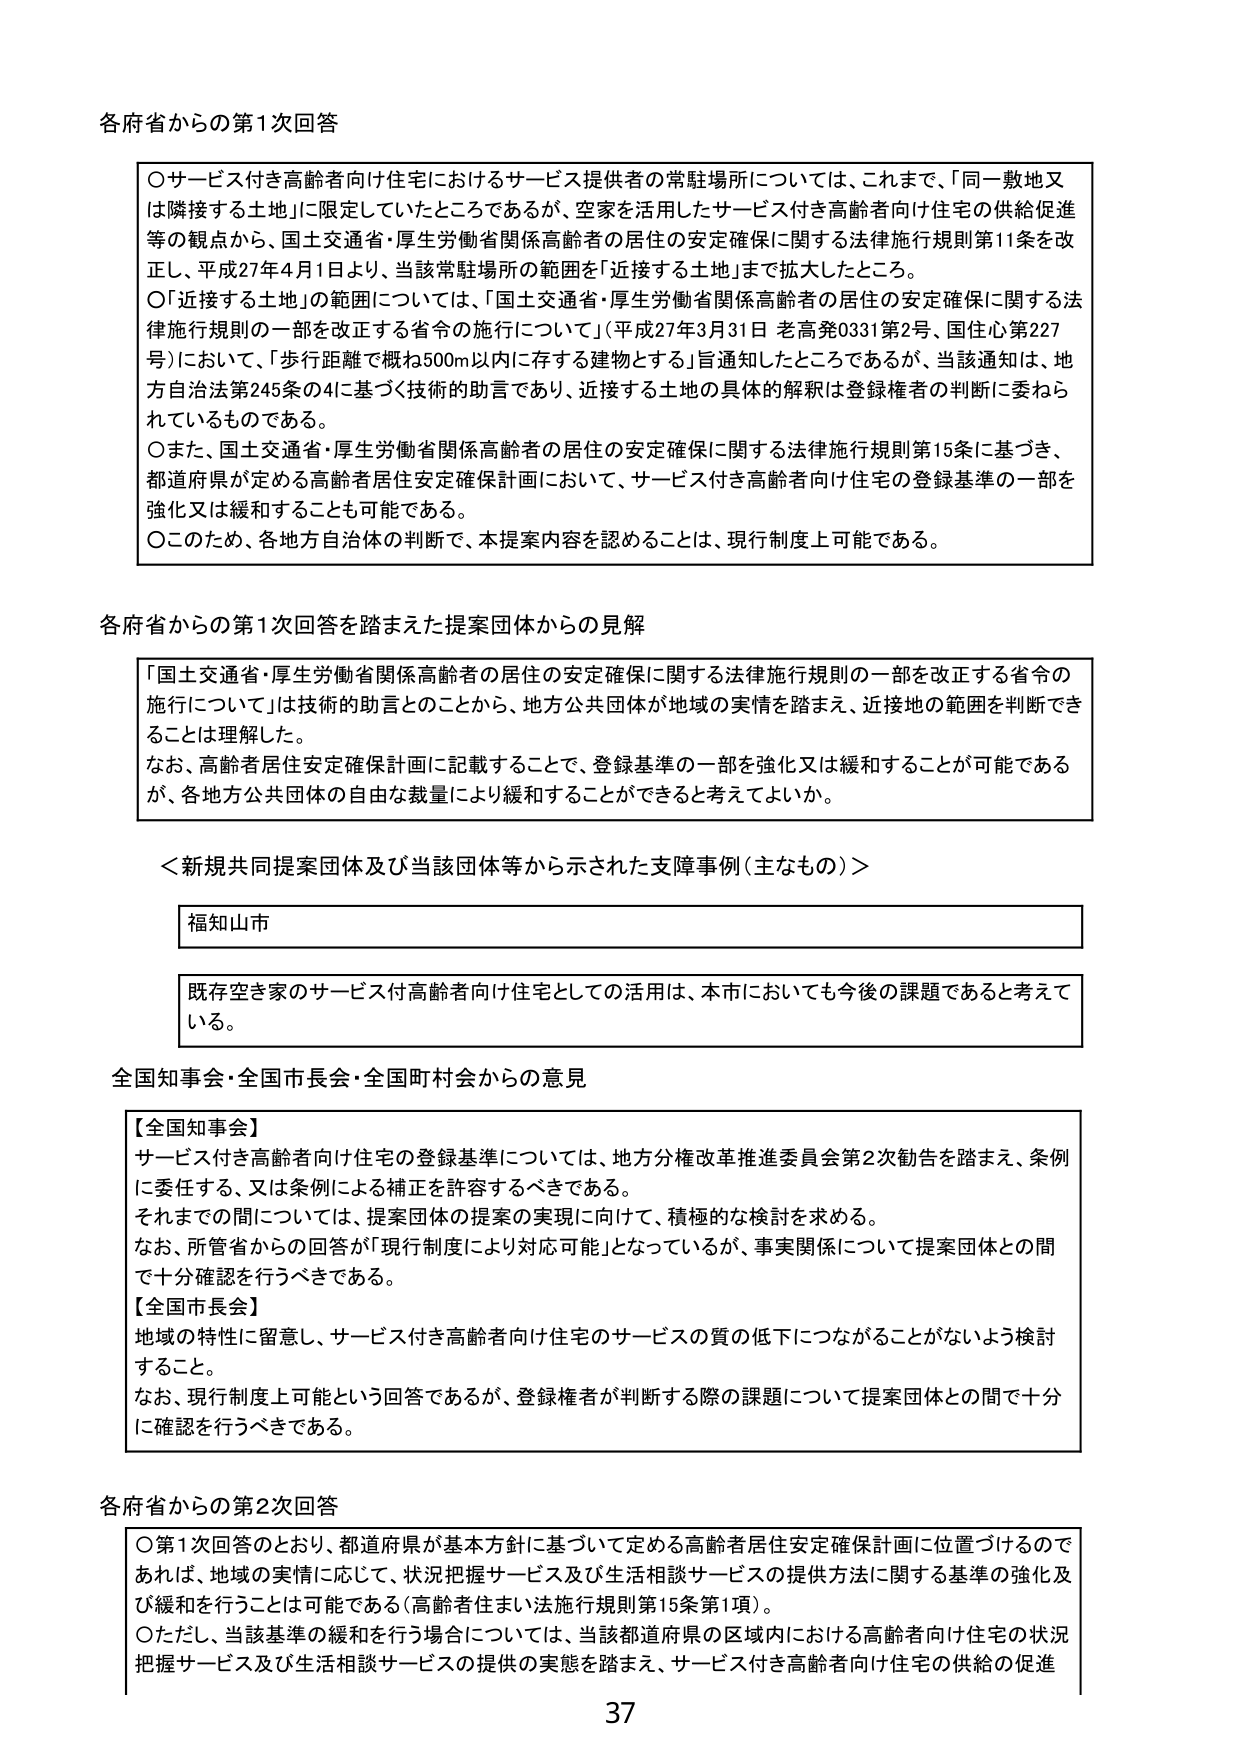
各府省からの第1次回答

○サービス付き高齢者向け住宅におけるサービス提供者の常駐場所については、これまで、「同一敷地又は隣接する土地」に限定していたところであるが、空家を活用したサービス付き高齢者向け住宅の供給促進等の観点から、国土交通省・厚生労働省関係高齢者の居住の安定確保に関する法律施行規則第11条を改正し、平成27年4月1日より、当該常駐場所の範囲を「近接する土地」まで拡大したところ。

○「近接する土地」の範囲については、「国土交通省・厚生労働省関係高齢者の居住の安定確保に関する法律施行規則の一部を改正する省令の施行について」（平成27年3月31日 老高発0331第2号、国住心第227号）において、「歩行距離で概ね500m以内に存する建物とする」旨通知したところであるが、当該通知は、地方自治法第245条の4に基づく技術的助言であり、近接する土地の具体的解釈は登録権者の判断に委ねられているものである。

○また、国土交通省・厚生労働省関係高齢者の居住の安定確保に関する法律施行規則第15条に基づき、都道府県が定める高齢者居住安定確保計画において、サービス付き高齢者向け住宅の登録基準の一部を強化又は緩和することも可能である。

○このため、各地方自治体の判断で、本提案内容を認めることは、現行制度上可能である。

各府省からの第1次回答を踏まえた提案団体からの見解

「国土交通省・厚生労働省関係高齢者の居住の安定確保に関する法律施行規則の一部を改正する省令の施行について」は技術的助言とのことから、地方公共団体が地域の実情を踏まえ、近接地の範囲を判断できることは理解した。

なお、高齢者居住安定確保計画に記載することで、登録基準の一部を強化又は緩和することが可能であるが、各地方公共団体の自由な裁量により緩和することができると考えてよいか。

＜新規共同提案団体及び当該団体等から示された支障事例（主なもの）＞

福知山市

既存空き家のサービス付高齢者向け住宅としての活用は、本市においても今後の課題であると考えている。

全国知事会・全国市長会・全国町村会からの意見

【全国知事会】
サービス付き高齢者向け住宅の登録基準については、地方分権改革推進委員会第2次勧告を踏まえ、条例に委任する、又は条例による補正を許容するべきである。
それまでの間については、提案団体の提案の実現に向けて、積極的な検討を求める。
なお、所管省からの回答が「現行制度により対応可能」となっているが、事実関係について提案団体との間で十分確認を行うべきである。

【全国市長会】
地域の特性に留意し、サービス付き高齢者向け住宅のサービスの質の低下につながることがないよう検討すること。
なお、現行制度上可能という回答であるが、登録権者が判断する際の課題について提案団体との間で十分に確認を行うべきである。

各府省からの第2次回答

○第1次回答のとおり、都道府県が基本方針に基づいて定める高齢者居住安定確保計画に位置づけるのであれば、地域の実情に応じて、状況把握サービス及び生活相談サービスの提供方法に関する基準の強化及び緩和を行うことは可能である（高齢者住まい法施行規則第15条第1項）。

○ただし、当該基準の緩和を行う場合については、当該都道府県の区域内における高齢者向け住宅の状況把握サービス及び生活相談サービスの提供の実態を踏まえ、サービス付き高齢者向け住宅の供給の促進

37